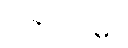
ဒါတုကာမာ